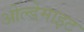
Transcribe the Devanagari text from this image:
ओल्डेमाइट